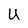
Character: U